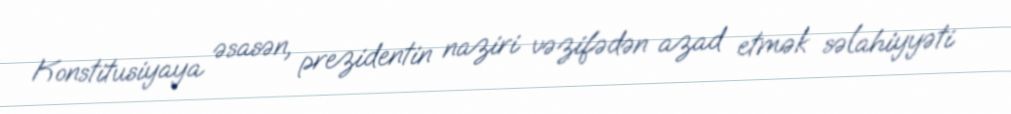
Konstitusiyaya əsasən, prezidentin naziri vəzifədən azad etmək səlahiyyəti